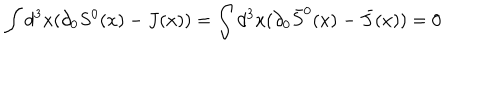
LaTeX: \int d ^ { 3 } x ( \partial _ { 0 } S ^ { 0 } ( x ) - J ( x ) ) = \int d ^ { 3 } x ( \partial _ { 0 } \bar { S } ^ { 0 } ( x ) - \bar { J } ( x ) ) = 0